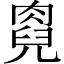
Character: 𠒯